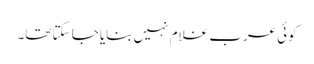
کوئی عرب غلام نہیں بنایا جا سکتا تھا۔